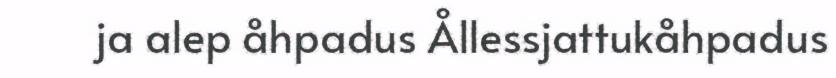
ja alep åhpadus Ållessjattukåhpadus